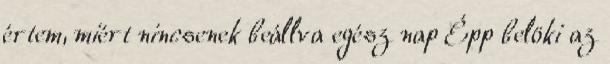
értem, miért nincsenek beállva egész nap Épp belöki az